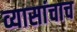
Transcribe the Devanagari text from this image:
व्यासांचाच